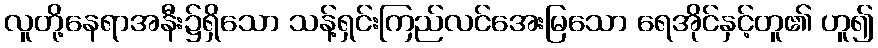
လူတို့နေရာအနီး၌ရှိသော သန့်ရှင်းကြည်လင်အေးမြသော ရေအိုင်နှင့်တူ၏ ဟူ၍